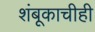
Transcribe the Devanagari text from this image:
शंबूकाचीही